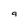
Character: 9